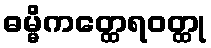
ဓမ္မိကတ္ထေရဝတ္ထု